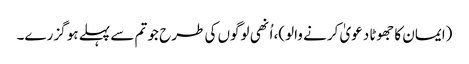
(ایمان کا جھوٹا دعویٰ کرنے والو)، اُنھی لوگوں کی طرح جو تم سے پہلے ہو گزرے۔